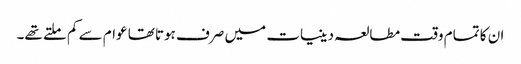
ان کا تمام وقت مطالعہ دینیات میں صرف ہوتا تھا عوام سے کم ملتے تھے۔